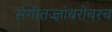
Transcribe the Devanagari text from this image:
संगीतज्ज्ञांबरोबरच